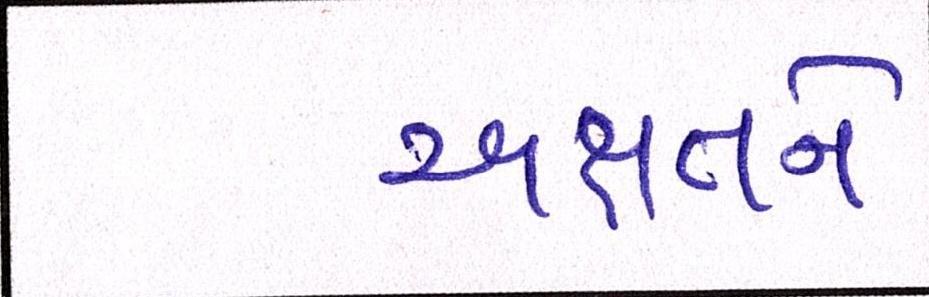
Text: અક્ષતને